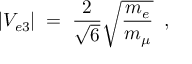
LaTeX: | V _ { e 3 } | \; = \; \frac { 2 } { \sqrt { 6 } } \sqrt { \frac { m _ { e } } { m _ { \mu } } } \; \; ,